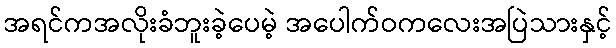
အရင်ကအလိုးခံဘူးခဲ့ပေမဲ့ အပေါက်ဝကလေးအပြဲသားနှင့်